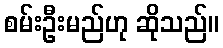
စမ်းဦးမည်ဟု ဆိုသည်။